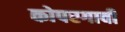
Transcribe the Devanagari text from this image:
कोपरगावी